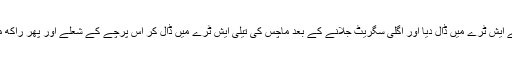
پرچہ پھاڑ کر ٹکڑے ٹکڑے کر کے ایش ٹرے میں ڈال دیا اور اگلی سگریٹ جلانے کے بعد ماچس کی تیلی ایش ٹرے میں ڈال کر اس پرچے کے شعلے اور پھر راکھ میں تبدیل ہونے کا تماشہ دیکھتا رہا۔